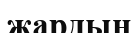
жардың